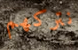
نتركهم